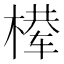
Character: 𰘈